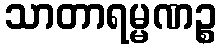
သာတာရမ္မဏဉ္စ